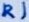
Text: R1